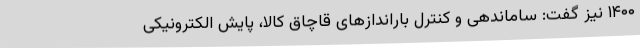
۱۴۰۰ نیز گفت: ساماندهی و کنترل باراندازهای قاچاق کالا، پایش الکترونیکی